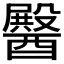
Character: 𮡆